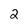
Character: 2